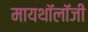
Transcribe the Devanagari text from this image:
मायथॉलॉजी